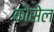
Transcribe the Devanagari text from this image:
कौंसेल